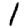
Digit: 1